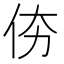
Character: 𠇴